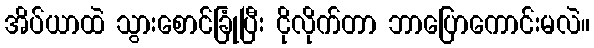
အိပ်ယာထဲ သွားစောင်ခြုံပြီး ငိုလိုက်တာ ဘာပြောကောင်းမလဲ။